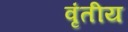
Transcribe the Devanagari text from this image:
वृंतीय